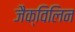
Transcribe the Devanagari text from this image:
जैक्विलिन